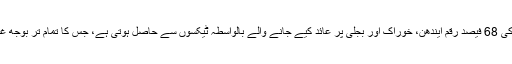
ہمارے ٹیکس محصولات کی 68 فیصد رقم ایندھن، خوراک اور بجلی پر عائد کیے جانے والے بالواسطہ ٹیکسوں سے حاصل ہوتی ہے، جس کا تمام تر بوجھ غریب کی آمدن پر پڑتا ہے۔